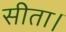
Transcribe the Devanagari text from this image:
सीता।